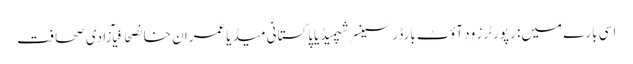
اسی بارے میں: رپورٹرز وِد آؤٹ بارڈرسینسر شپمیڈیاپاکستانی میڈیاعمران خانصحافیآزادی صحافت